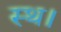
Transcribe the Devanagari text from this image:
स्थ।